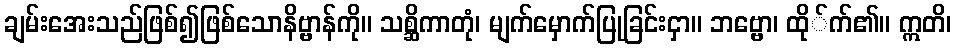
ချမ်းအေးသည်ဖြစ်၍ဖြစ်သောနိဗ္ဗာန်ကို။ သစ္ဆိကာတုံ၊ မျက်မှောက်ပြုခြင်းငှာ။ ဘဗ္ဗော၊ ထို်က်၏။ ဣတိ၊